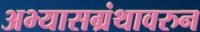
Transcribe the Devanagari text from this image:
अभ्यासग्रंथावरुन